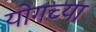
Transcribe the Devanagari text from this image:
योगच्या